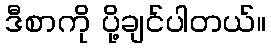
ဒီစာကို ပို့ချင်ပါတယ်။